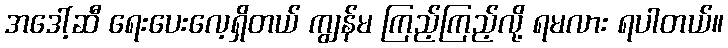
အဒေါ့်ဆီ ရေးပေးလေ့ရှိတယ် ကျွန်မ ကြည့်ကြည့်လို့ ရမလား ရပါတယ်။